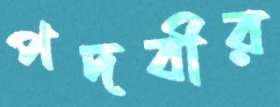
পদবীর